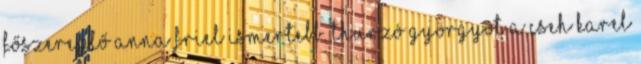
főszereplő Anna Friel ismertebb. Thurzó Györgyöt a cseh Karel